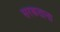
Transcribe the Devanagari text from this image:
सरकताना